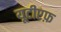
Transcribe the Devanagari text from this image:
यूटीएफ़